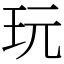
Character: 玩